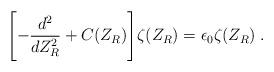
LaTeX: \begin{align*}\Biggl [ - {d^2 \over dZ_R^2} + C(Z_R) \Biggl ] \zeta(Z_R) = \epsilon _0 \zeta(Z_R)\; .\end{align*}